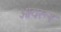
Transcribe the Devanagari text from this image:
ओयरूर